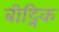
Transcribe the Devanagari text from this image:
बीट्निक